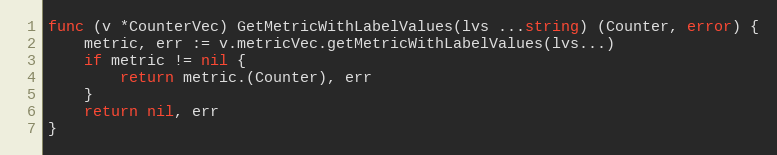
Language: Go
func (v *CounterVec) GetMetricWithLabelValues(lvs ...string) (Counter, error) {
	metric, err := v.metricVec.getMetricWithLabelValues(lvs...)
	if metric != nil {
		return metric.(Counter), err
	}
	return nil, err
}